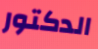
الدكتور